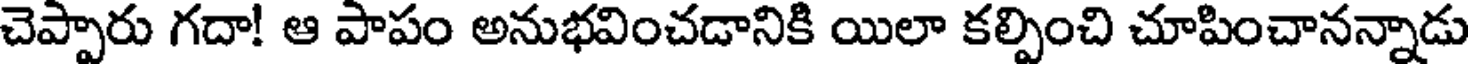
చెప్పారు గదా! ఆ పాపం అనుభవించడానికి యిలా కల్పించి చూపించానన్నాడు